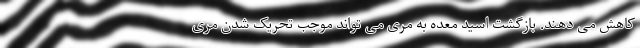
کاهش می دهند. بازگشت اسید معده به مری می تواند موجب تحریک شدن مری